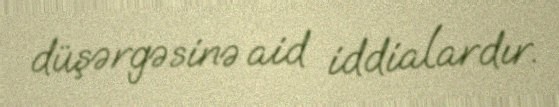
düşərgəsinə aid iddialardır.